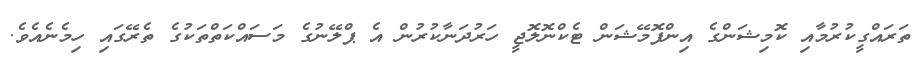
ތަރައްގީކުރުމާއި ކޮމިޝަންގެ އިންފޮމޭޝަން ޓެކްނޮލޮޖީ ހަރުދަނާކުރުން އެ ޕްލޭނުގެ މަސައްކަތްތަކުގެ ތެރޭގައި ހިމެނެއެވެ.